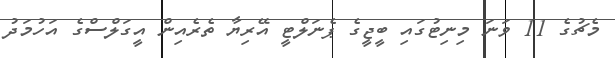
މެޗުގެ 11 ވަނަ މިނިޓުގައި ބީީޖީގެ ޕެނަލްޓީ އޭރިޔާ ތެރެއިން އީގަލްސްގެ އަހުމަދު